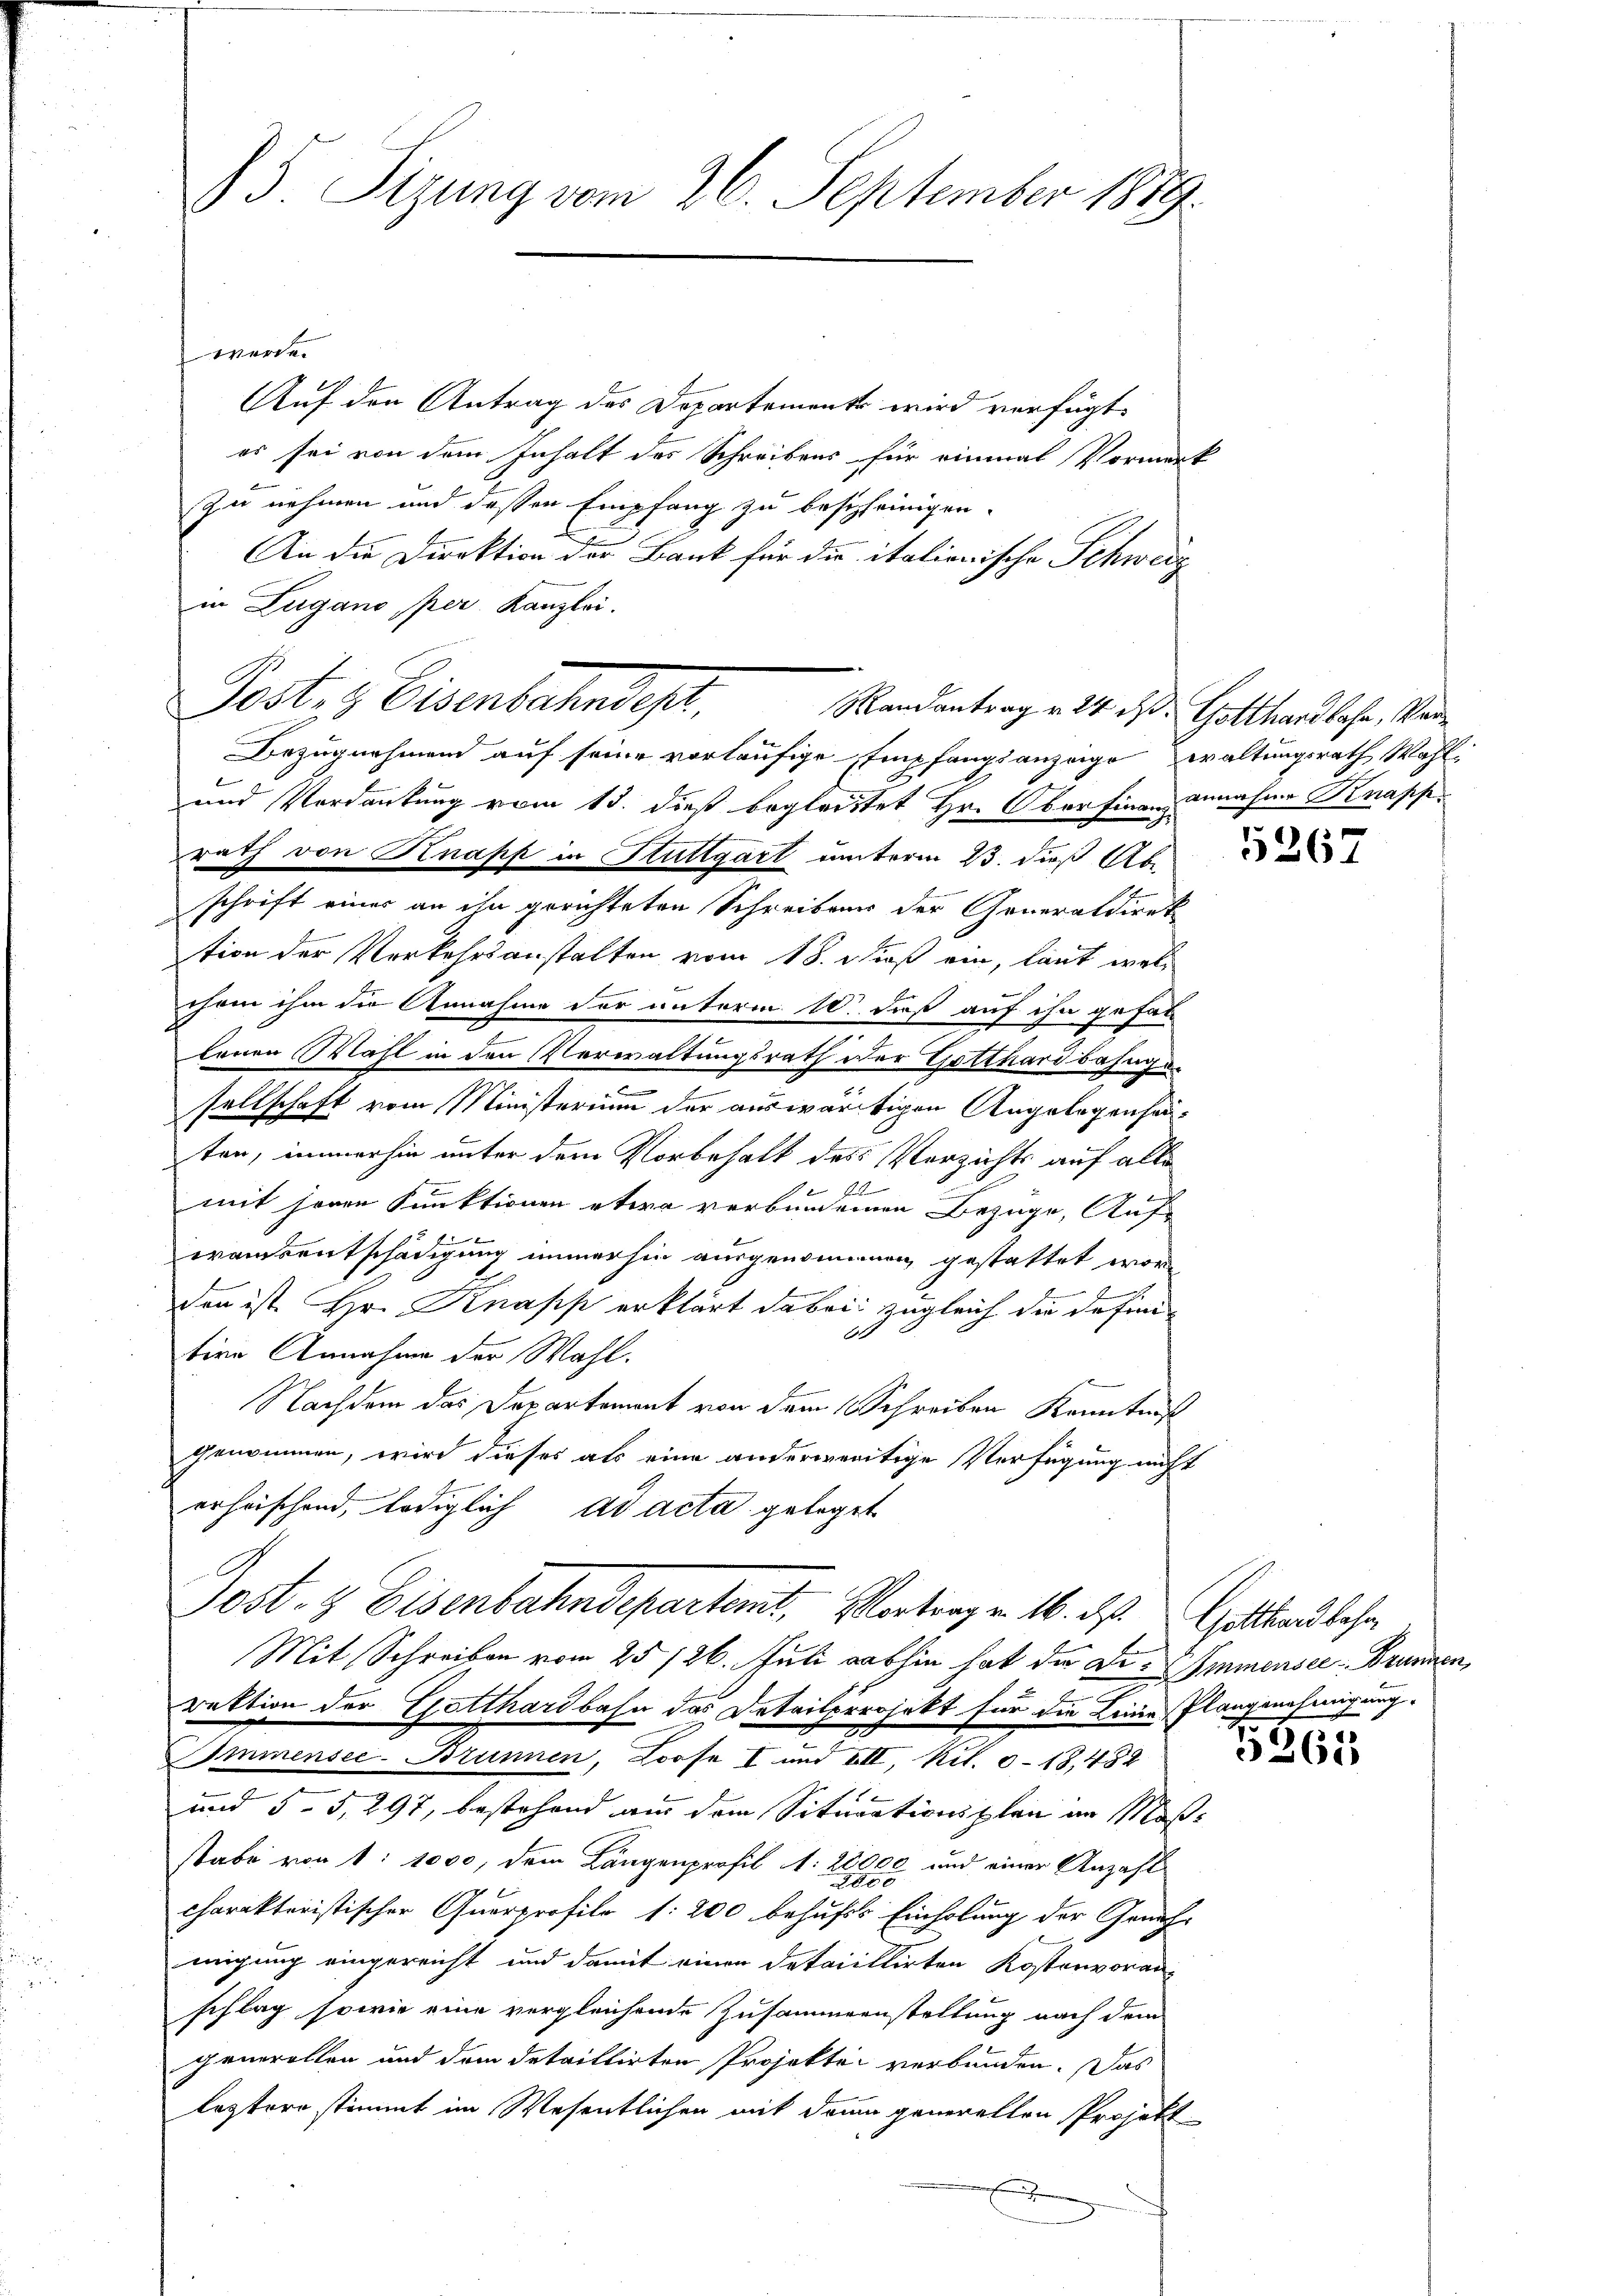
S. Tizung vom 26. September 1879.

werde.
Auf den Antrag des Departement wird verfügt:
es sei von dem Inhalt des Schreibens für einmal Vormerk
Zu nehmen und dessen Empfang zu bescheinigen.
2
An die Direktion der Bank für die italionische Schweiz
in Lugano per Kanzlei.
Post- & Eisenbahndest,
Bezugnahmend auf seine vorläufige Empfangsanzeige waltungsrath Wahl-
und Verdankung vom 13. dieß begleitet Hr. Oberfinanz annahme Knapps
rath von Knapp in Stuttgart unterm 23. daß Ab
schrift eines an ihn gerichteten Schreibens der Generaldirek
tion der Verkehrsanstalten vom 18. dieß ein, laut welchom ihm die Annahme der unterm 10. daß auf ihn gefal
lenen Wahl in den Verwaltungsrath der Gotthardbahngesellschaft vom Ministerium der auswärtigen Angelegenheiten, immerhin unter dem Vorbehalt des Verzichts auf alle
G
mit heren Funktionen etwa verbundenen Bezüge, Auf-
waisentschädigung immerhin ausgenommen gestattet worden ist Hr. Knapp erklärt dabei zugleich die definid
tive Annahme der Wahl.
Nachdem das Departement von dem Schreiben Kenntniß
genommen, wird dieses als eine anderwertige Verfügung nicht
erheischend, lediglich ad acta geleget
Post- & Eisenbahndepartemt. Wortrag v. 16. ds. Gotthardbahr
Mit Schreiben vom 25. 126. Juli abhin hat die Die Immensee - Brunnen,
rektion der Gotthardbahn das Detailprojekt für die Leine Plangenehmigung.
Immensee-Brunnen, Loose I und III, kil. 0-18,482
und 55, 297, bestehend aus dem Situationsplan im Maßstabe von 1: 1000, dem Längenprofil : 28000 und einer Anzahl

charakteristischer Quarprofilo f: 200 behufs Einholung der Geneh-
migung eingereicht und damit einen detaillirten Kostenvoranschlag sowie eine vergleichende Zusammenstaltung nach dem
generollen und dem detaillirten Projektei verbunden. Das
leztere stimmt im Wesentlichen mit dann generellen Projekt

Mandantrag v. 24. ds. Gotthardbahn, Ver¬

5267

5263